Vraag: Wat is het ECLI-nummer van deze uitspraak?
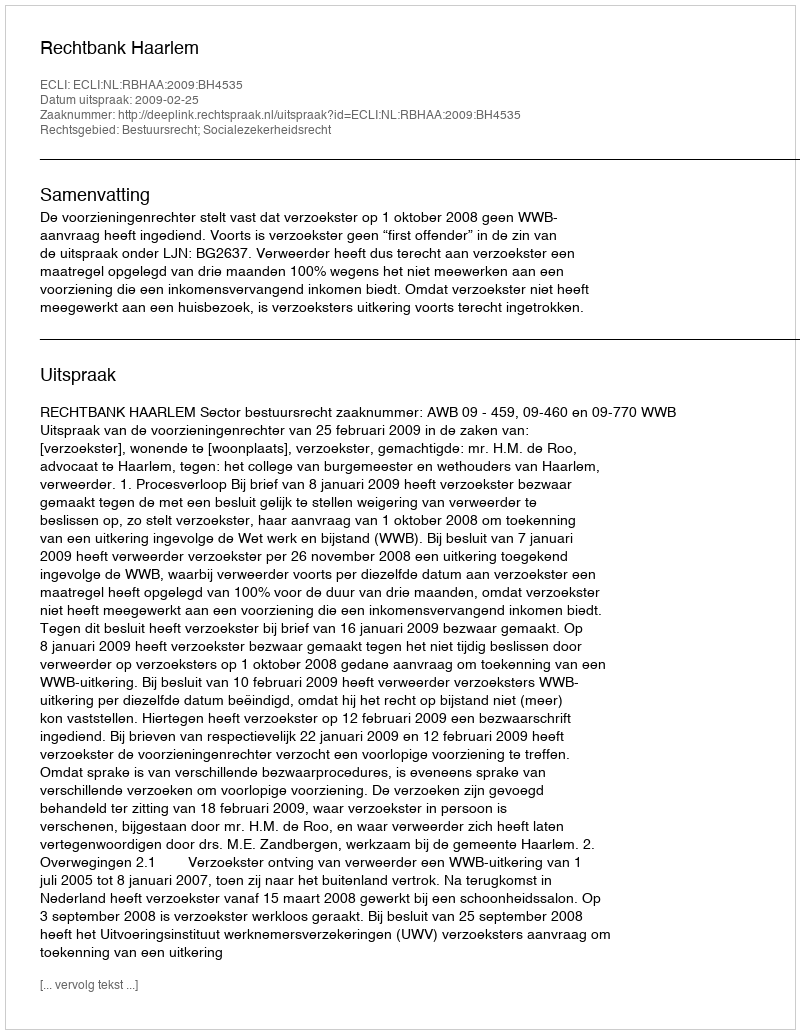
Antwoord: ECLI:NL:RBHAA:2009:BH4535